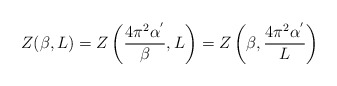
\begin{align*}Z(\beta,L)=Z\left(\frac{4\pi^{2}\alpha^{'}}{\beta},L\right)= Z\left(\beta,\frac{4\pi^{2}\alpha^{'}}{L}\right)\end{align*}